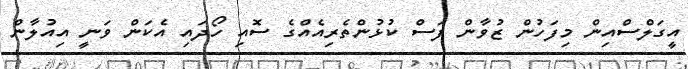
އީގަލްސްއިން މިފަހުން ޒުވާން ފަސް ކުޅުންތެރިއެއްގެ ސޮއި ހޯދައި އެކަން ވަނީ އިއުލާން